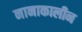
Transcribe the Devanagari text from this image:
नानाकालीन